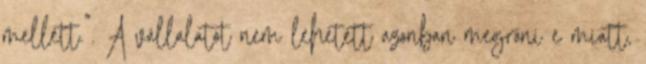
mellett.”. A vállalatot nem lehetett azonban megróni e miatt,